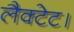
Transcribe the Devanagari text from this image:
लैक्टेट।